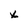
Character: X